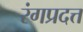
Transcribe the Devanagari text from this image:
रंगप्रदत्त